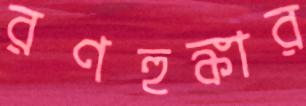
রণহুঙ্কার